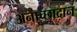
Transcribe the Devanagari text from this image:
अनाच्छादान